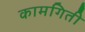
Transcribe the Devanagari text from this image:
कामगिती